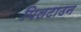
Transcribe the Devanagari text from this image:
पिलटाउन